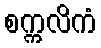
စက္ကလိကံ